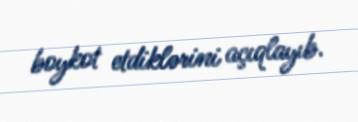
boykot etdiklərini açıqlayıb.